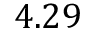
4 . 2 9